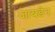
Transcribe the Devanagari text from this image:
जायडेन